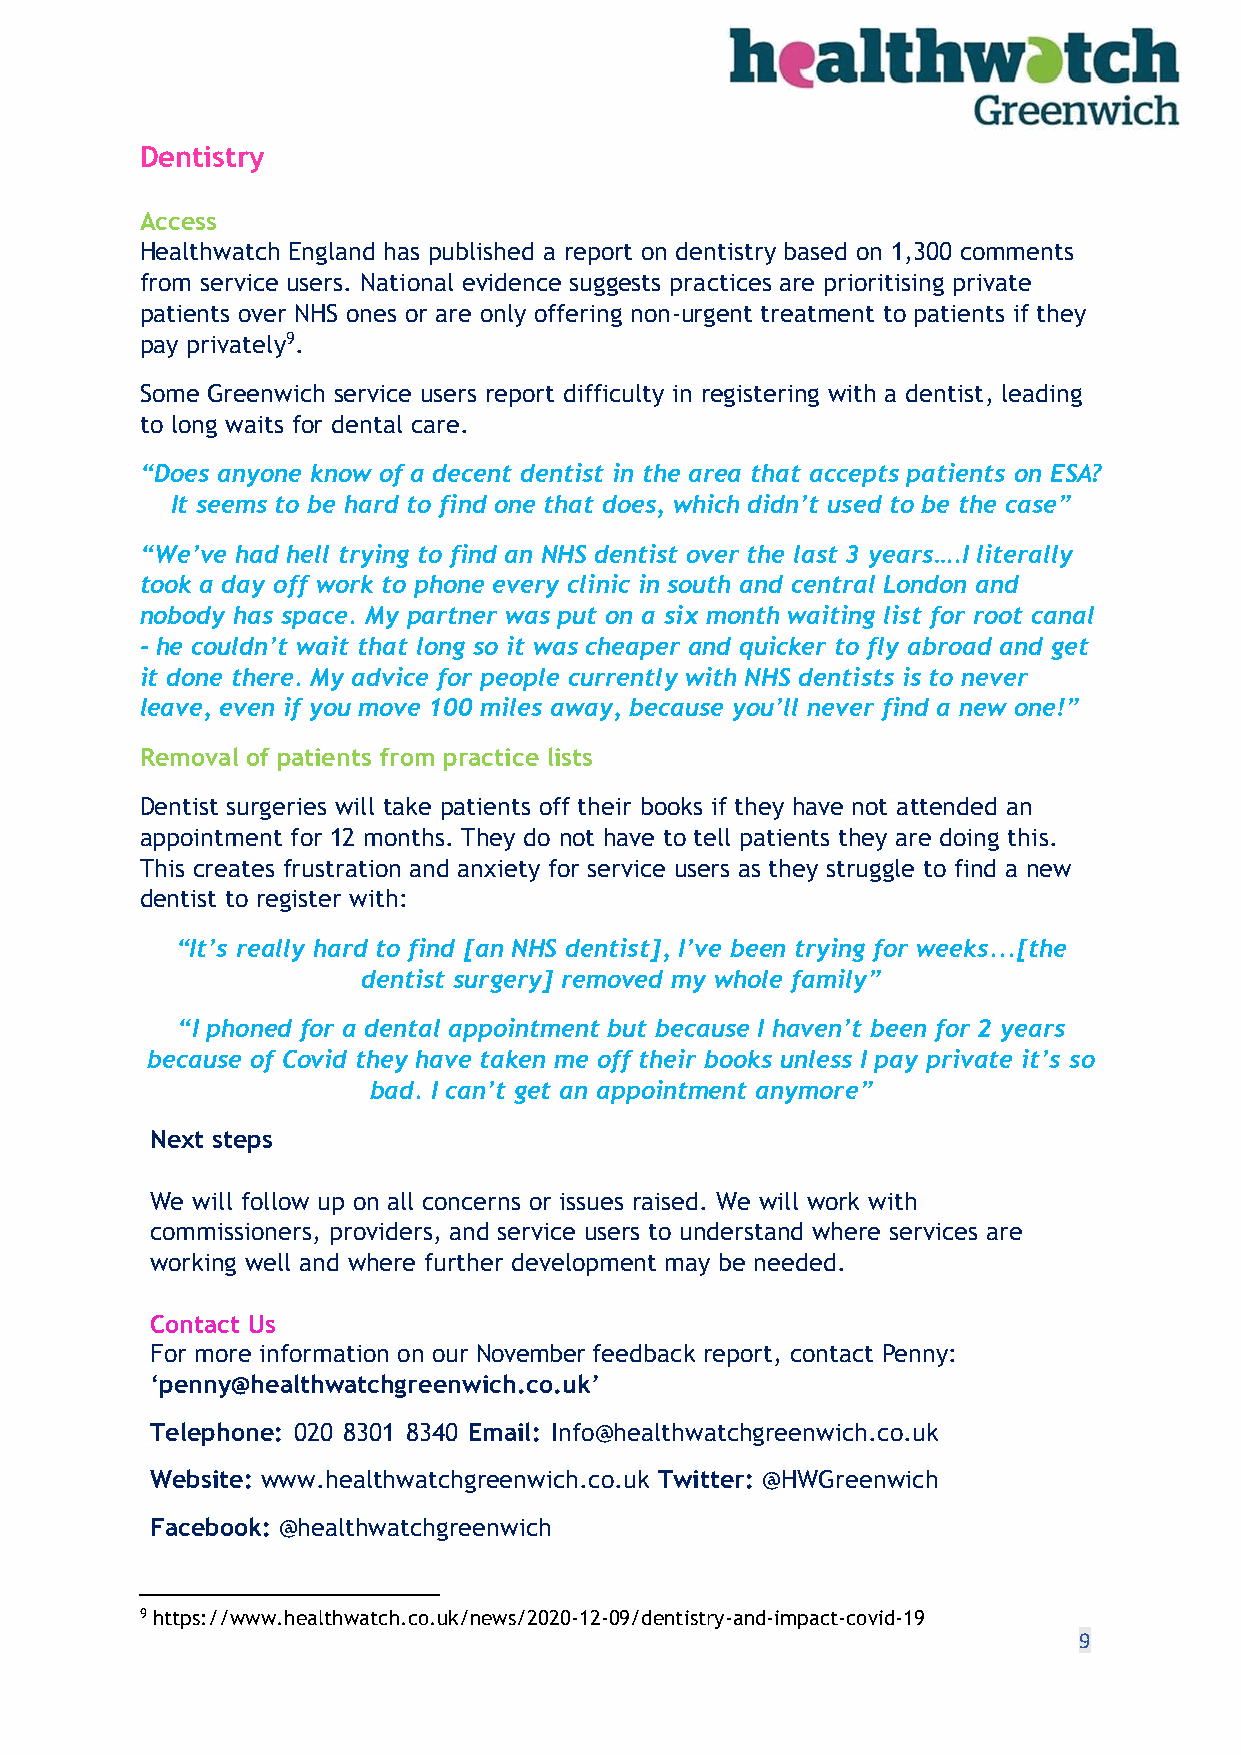
Dentistry
 Access
 Healthwatch England has published a report on dentistry based on 1,300 comments
 from service users. National evidence suggests practices are prioritising private
 patients over NHS ones or are only offering non-urgent treatment to patients if they
 pay privately9.
 Some Greenwich service users report difficulty in registering with a dentist, leading
 to long waits for dental care.
 “Does anyone know of a decent dentist in the area that accepts patients on ESA?
 It seems to be hard to find one that does, which didn’t used to be the case”
 “We’ve had hell trying to find an NHS dentist over the last 3 years….I literally
 took a day off work to phone every clinic in south and central London and
 nobody has space. My partner was put on a six month waiting list for root canal
 - he couldn’t wait that long so it was cheaper and quicker to fly abroad and get
 it done there. My advice for people currently with NHS dentists is to never
 leave, even if you move 100 miles away, because you’ll never find a new one!”
 Removal of patients from practice lists
 Dentist surgeries will take patients off their books if they have not attended an
 appointment for 12 months. They do not have to tell patients they are doing this.
 This creates frustration and anxiety for service users as they struggle to find a new
 dentist to register with:
 “It’s really hard to find [an NHS dentist], I’ve been trying for weeks...[the
 dentist surgery] removed my whole family”
 “I phoned for a dental appointment but because I haven’t been for 2 years
 because of Covid they have taken me off their books unless I pay private it’s so
 bad. I can’t get an appointment anymore”
 Next steps
 We will follow up on all concerns or issues raised. We will work with
 commissioners, providers, and service users to understand where services are
 working well and where further development may be needed.
 Contact Us
 For more information on our November feedback report, contact Penny:
 ‘penny@healthwatchgreenwich.co.uk’
 Telephone: 020 8301 8340 Email: Info@healthwatchgreenwich.co.uk
 Website: www.healthwatchgreenwich.co.uk Twitter: @HWGreenwich
 Facebook: @healthwatchgreenwich
 9 https://www.healthwatch.co.uk/news/2020-12-09/dentistry-and-impact-covid-19
 9